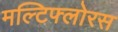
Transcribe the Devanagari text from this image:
मल्टिफ्लोरस